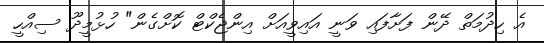
އެ ހިދުމަތް ދޭން ފަށާފައި ވަނީ އައިވީއަށް އިންޖެކްޓް ކޮށްގެން" ހުޅުމީދޫ ސިއްހީ